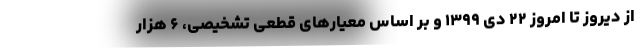
از دیروز تا امروز ۲۲ دی ۱۳۹۹ و بر اساس معیارهای قطعی تشخیصی، ۶ هزار